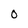
Character: 0